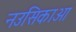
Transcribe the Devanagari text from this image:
नउसिकाआ